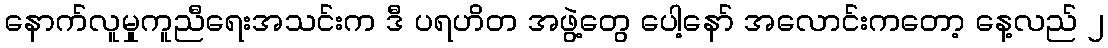
နောက်လူမှုကူညီရေးအသင်းက ဒီ ပရဟိတ အဖွဲ့တွေ ပေါ့နော် အလောင်းကတော့ နေ့လည် ၂